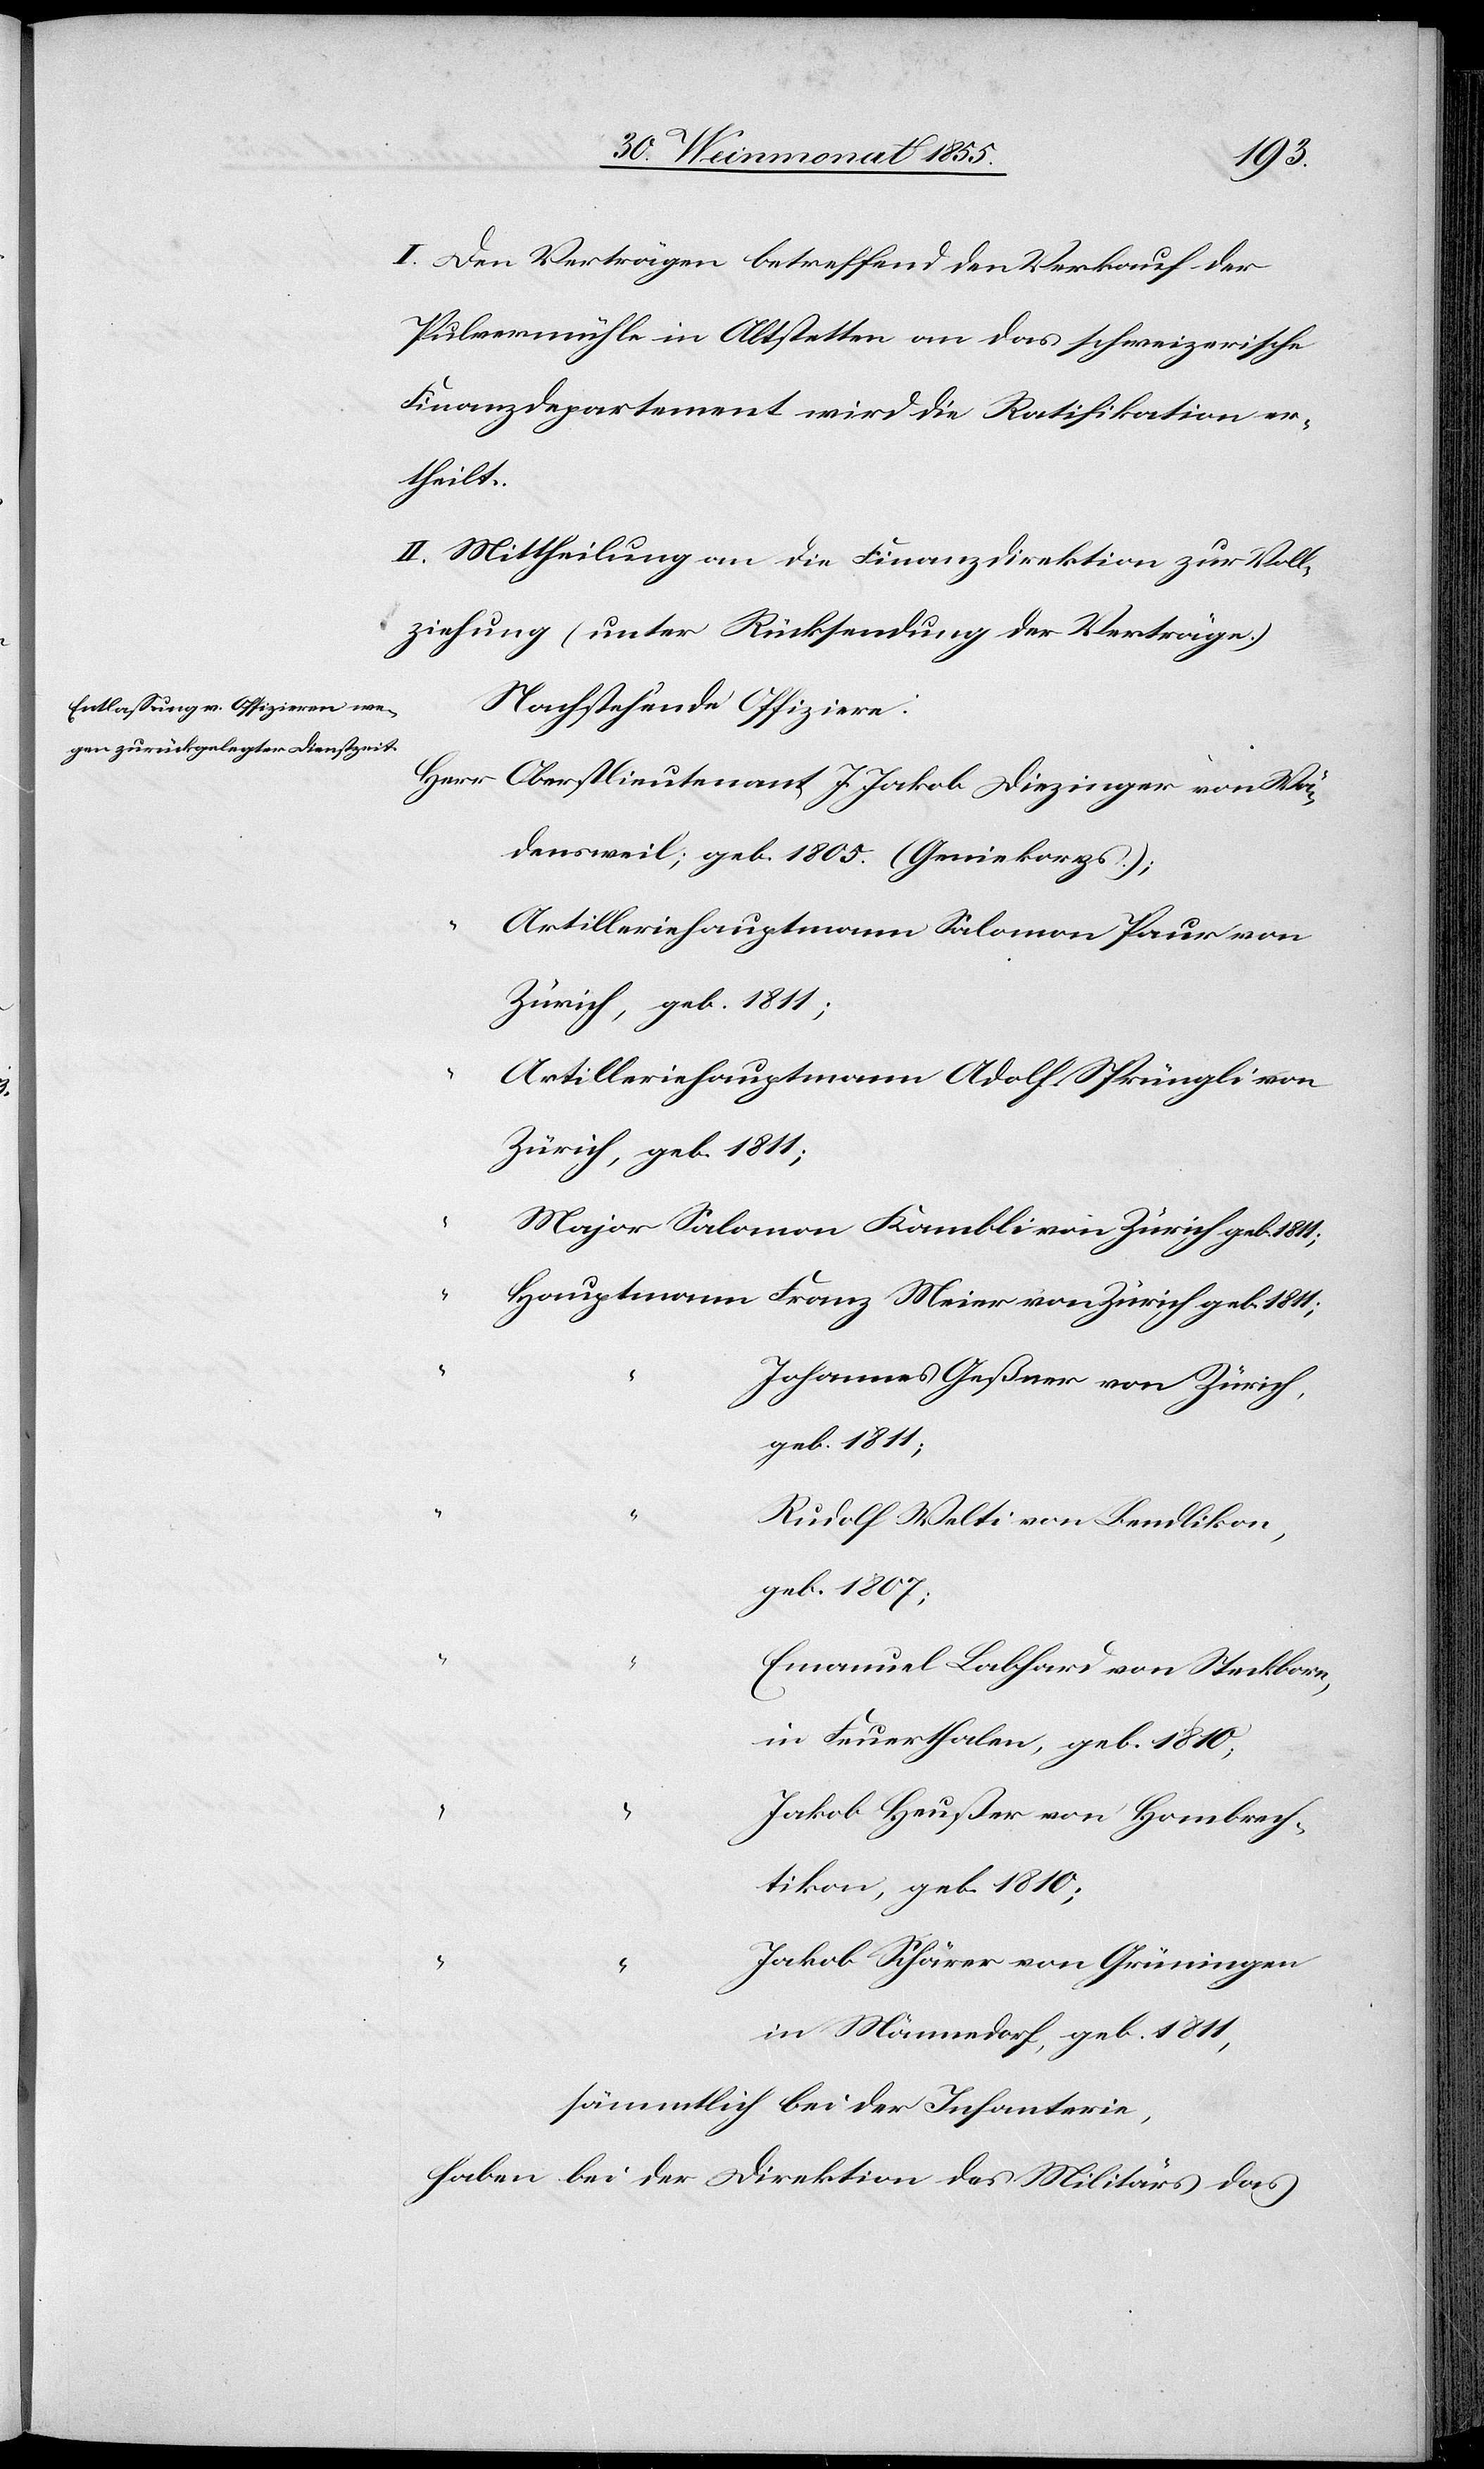
I. Den Verträgen betreffend den Verkauf der
Pulvermühle in Altstetten an das schweizerische
Finanzdepartement wird die Ratifikation er¬
theilt.
II. Mittheilung an die Finanzdirektion zur Voll¬
ziehung (unter Rücksendung der Verträge.)
Nachstehende Offiziere:
Oberstlieutenant J. Jakob Diezinger von Wä¬
densweil; geb. 1805. (Geniekorps.);
Artilleriehauptmann Salomon Paur von
Zürich, geb. 1811;
Artilleriehauptmann Adolf Sprüngli von
Zürich, geb. 1811;
Major Salomon Kambli von Zürich geb. 1811;
Hauptmann Franz Meier von Zürich geb. 1811;
Johannes Geßner von Zürich,
geb. 1811;
Rudolf Welti von Bendlikon,
geb. 1807;
Emanuel Labhard von Steckborn,
in Feuerthalen, geb. 1810;
Jakob Heußer von Hombrech¬
tikon, geb. 1810;
Jakob Schärer von Grüningen
in Männedorf, geb. 1811,
sämmtlich bei der Infanterie,
haben bei der Direktion des Militärs das